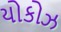
યોકોઝ